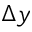
\Delta y